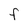
Character: F